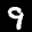
Label: 9